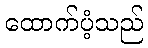
ထောက်ပံ့သည်